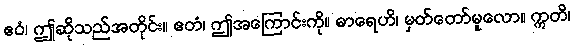
ဧဝံ၊ ဤဆိုသည်အတိုင်း။ ဧတံ၊ ဤအကြောင်းကို။ ဓာရေဟိ၊ မှတ်တော်မူလော။ ဣတိ၊